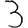
Digit: 3